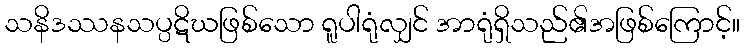
သနိဒဿနသပ္ပဋိဃဖြစ်သော ရူပါရုံလျှင် အာရုံရှိသည်၏အဖြစ်ကြောင့်။